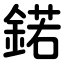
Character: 鍩